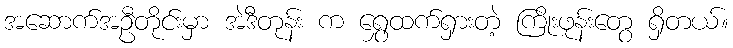
အဆောက်အဦတိုင်းမှာ အဲဒီတုန်း က ရွှေထက်ရှားတဲ့ ကြိုးဖုန်းတွေ ရှိတယ်။